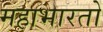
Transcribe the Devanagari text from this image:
महाभारतो